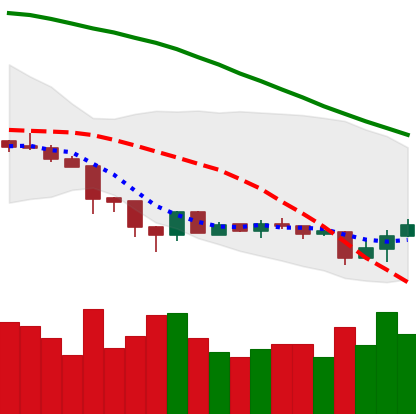
Ticker: XMR-USD
Chart end date: 2018-06-25
Forward return: 3.349%
Label: up_3_5